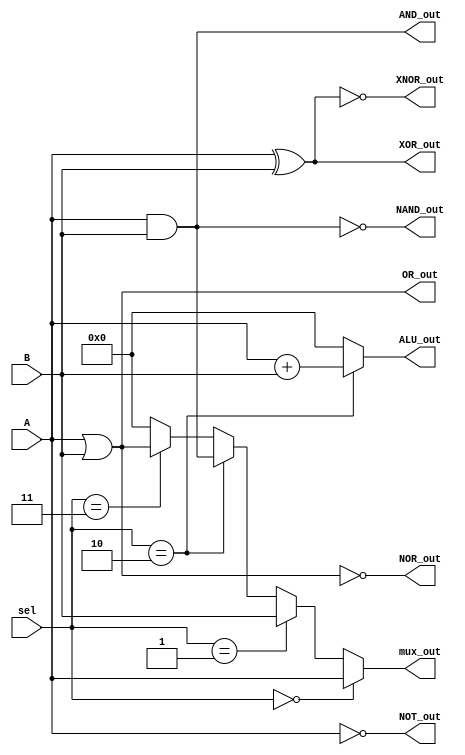
module combinational_logic_block (
    input wire [3:0] A,        // 4-bit input A
    input wire [3:0] B,        // 4-bit input B
    input wire [1:0] sel,      // Selector for multiplexer and ALU operation
    output wire [3:0] AND_out, // AND output
    output wire [3:0] OR_out,  // OR output
    output wire [3:0] NOT_out, // NOT output
    output wire [3:0] NAND_out, // NAND output
    output wire [3:0] NOR_out, // NOR output
    output wire [3:0] XOR_out, // XOR output
    output wire [3:0] XNOR_out, // XNOR output
    output wire [3:0] mux_out,  // Multiplexer output
    output wire [3:0] ALU_out   // ALU output
);

// Logic Gates Implementation
assign AND_out = A & B;
assign OR_out = A | B;
assign NOT_out = ~A; // NOT A
assign NAND_out = ~(A & B);
assign NOR_out = ~(A | B);
assign XOR_out = A ^ B;
assign XNOR_out = ~(A ^ B);

// Multiplexer Implementation
assign mux_out = (sel == 2'b00) ? A :
                 (sel == 2'b01) ? B :
                 (sel == 2'b10) ? AND_out :
                 (sel == 2'b11) ? OR_out : 4'b0000;

// ALU Implementation (simple addition)
assign ALU_out = (sel == 2'b10) ? (A + B) : 4'b0000; // Only addition for this example

endmodule